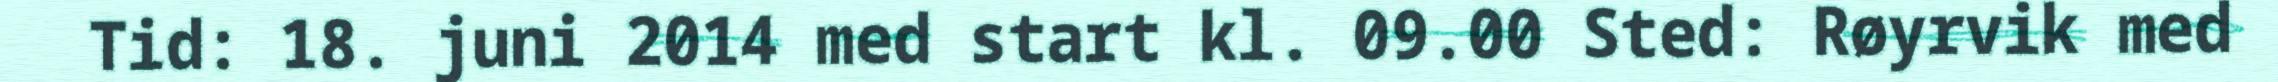
Tid: 18. juni 2014 med start kl. 09.00 Sted: Røyrvik med